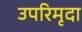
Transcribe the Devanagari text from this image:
उपरिमृदा